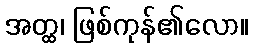
အတ္ထ၊ ဖြစ်ကုန်၏လော။